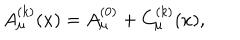
A _ { \mu } ^ { ( k ) } ( x ) = A _ { \mu } ^ { ( 0 ) } + C _ { \mu } ^ { ( k ) } ( x ) ,